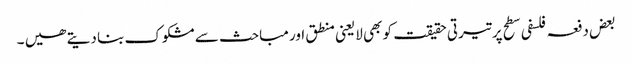
بعض دفعہ فلسفی سطح پر تیرتی حقیقت کو بھی لایعنی منطق اور مباحث سے مشکوک بنا دیتے ھیں ۔